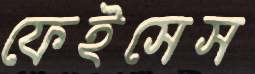
ফেইসেস